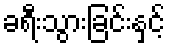
ခရီးသွားခြင်းနှင့်